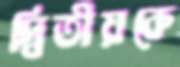
দ্বিতীয়কে